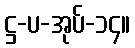
ဋ္ဌ-ပ-အုပ်-၁၄။